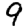
Digit: 9